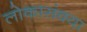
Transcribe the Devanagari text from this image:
लोकासंक्या